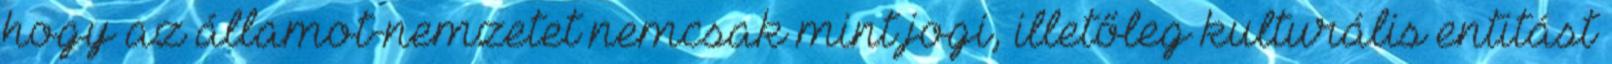
hogy az államot-nemzetet nemcsak mint jogi, illetőleg kulturális entitást